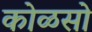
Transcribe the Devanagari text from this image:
कोळसो